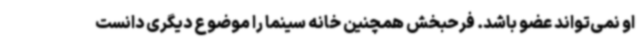
او نمی‌تواند عضو باشد. فرحبخش همچنین خانه سینما را موضوع دیگری دانست